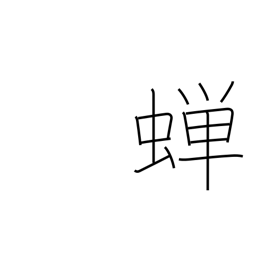
Meaning: cicada